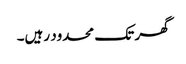
گھر تک محدود رہیں۔